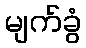
မျက်ခွံ